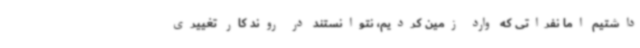
داشتیم اما نفراتی که وارد زمین کردیم، نتوانستند در روند کار تغییری